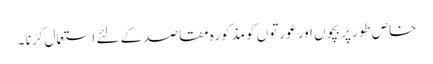
خاص طور پر بچوں اور عورتوں کو مذکورہ مقاصد کے لئے استعمال کرنا ۔